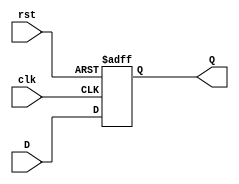
`timescale 1ns / 1ps
//////////////////////////////////////////////////////////////////////////////////
// Company: 
// Engineer: 
// 
// Design Name: 
// Module Name: PC
// Project Name: 
// Target Devices: 
// Tool Versions: 
// Description: 
// 
// Dependencies: 
// 
// Revision:
// Revision 0.01 - File Created
// Additional Comments:
// 
//////////////////////////////////////////////////////////////////////////////////


module PC(
    input clk,
    input rst,
    input [31:0] D,

    output [31:0] Q
);

reg [31:0] next_pc;
assign Q=next_pc;

    always @(posedge clk or posedge rst) begin
        if(rst)next_pc<=32'b0;
        else next_pc<=D;
    end

endmodule